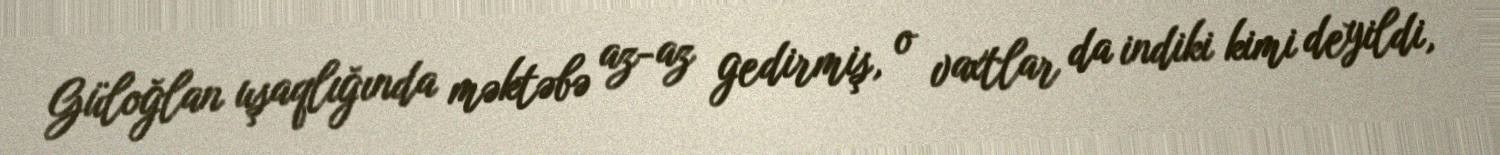
Güloğlan uşaqlığında məktəbə az-az gedirmiş, o vaxtlar da indiki kimi deyildi,